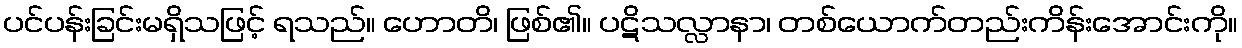
ပင်ပန်းခြင်းမရှိသဖြင့် ရသည်။ ဟောတိ၊ ဖြစ်၏။ ပဋိသလ္လာနာ၊ တစ်ယောက်တည်းကိန်းအောင်းကို။